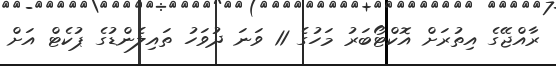
ރާއްޖޭގެ އިތުރަށް އޮކްޓޯބަރު މަހުގެ 11 ވަނަ ދުވަހު ތައިލެންޑުގެ ޕުކެޓް އަށް